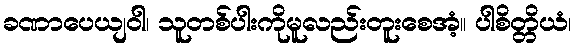
ခဏာပေယျဝါ၊ သူတစ်ပါးကိုမူလည်းတူးစေအံ့။ ပါစိတ္တိယံ၊